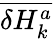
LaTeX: \overline{{\delta H_{k}^{a}}}